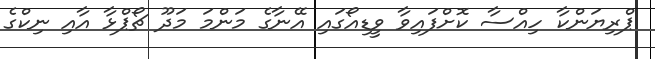
ޕްރިޔަންކާ ހިއްސާ ކޮށްފައިވާ ވީޑިއޯގައި އޭނާގެ މަންމަ މަދޫ ޗޯޕްޅާ އާއި ނިކްގެ